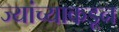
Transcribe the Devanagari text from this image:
ज्यांच्याकडून